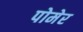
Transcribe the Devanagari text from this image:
पोमेर